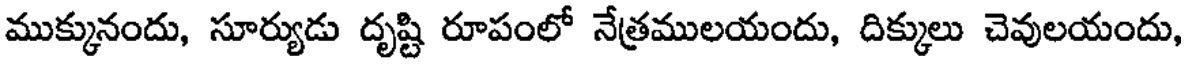
ముక్కునందు, సూర్యుడు దృష్టి రూపంలో నేత్రములయందు, దిక్కులు చెవులయందు,